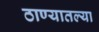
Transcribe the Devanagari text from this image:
ठाण्यातल्या